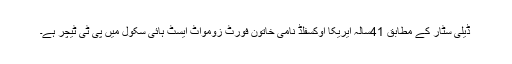
ڈیلی سٹار کے مطابق 41سالہ ایریکا اوکسفلڈ نامی خاتون فورٹ زومواٹ ایسٹ ہائی سکول میں پی ٹی ٹیچر ہے۔